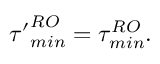
{ \tau ^ { \prime } } _ { m i n } ^ { R O } = \tau _ { m i n } ^ { R O } .